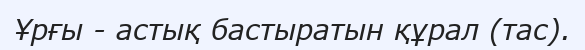
Ұрғы - астық бастыратын құрал (тас).